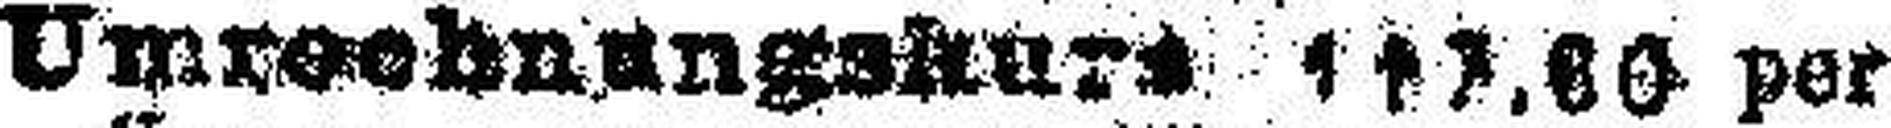
Umrechnungskurs 17.60 per